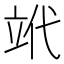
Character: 𥩦